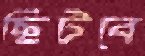
ছিটবে